Cholera in southern India
Disease focus: Cholera
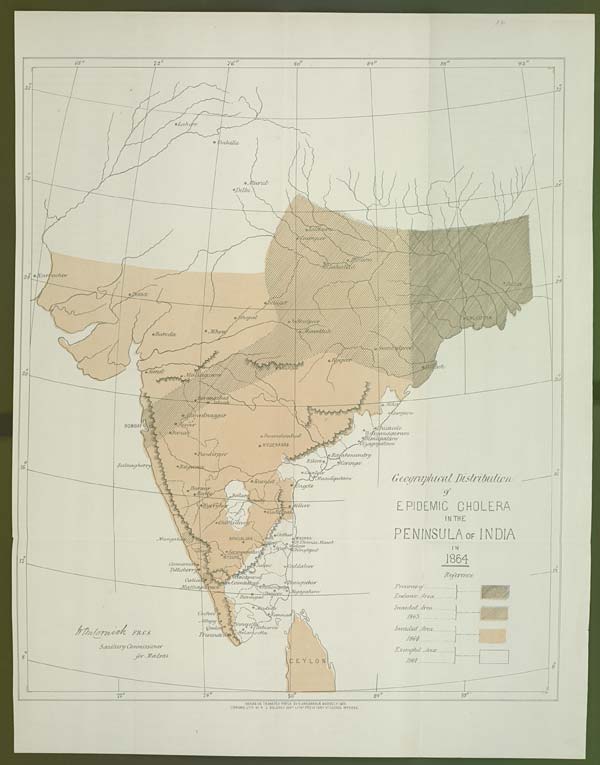
DRAWN ON TRANSFER PAPER BY V. VARDARA MOODELY, 1871.
CROMO LITH: BY R. J. BALDREY GOVT. LITHo: PRESS FORT ST. GEORGE MADRAS.